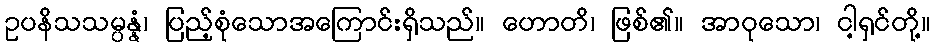
ဥပနိသသမ္ပန္နံ၊ ပြည့်စုံသောအကြောင်းရှိသည်။ ဟောတိ၊ ဖြစ်၏။ အာဝုသော၊ ငါ့ရှင်တို့။